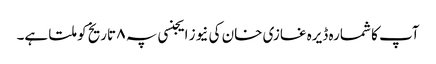
آپ کا شمارہ ڈیرہ غازی خان کی نیوز ایجنسی پہ ۸ تاریخ کو ملتا ہے۔